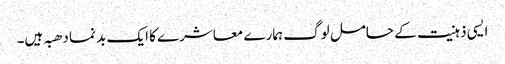
ایسی ذہنیت کے حامل لوگ ہمارے معاشرے کا ایک بد نما دھبہ ہیں۔